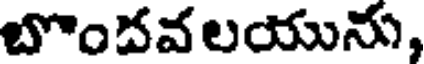
బొందవలయును,